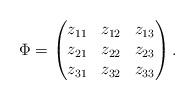
LaTeX: \begin{align*}\Phi=\begin{pmatrix}z_{11} & z_{12} & z_{13} \\ z_{21} & z_{22} & z_{23} \\ z_{31} & z_{32} & z_{33}\end{pmatrix}.\end{align*}